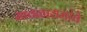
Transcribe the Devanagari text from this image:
सावळारामांचे